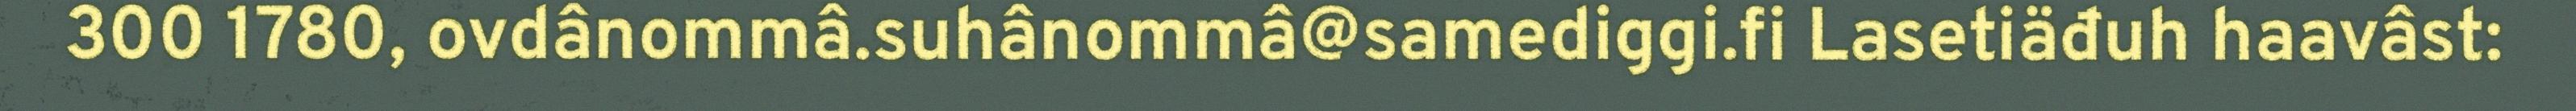
300 1780, ovdânommâ.suhânommâ@samediggi.fi Lasetiäđuh haavâst: